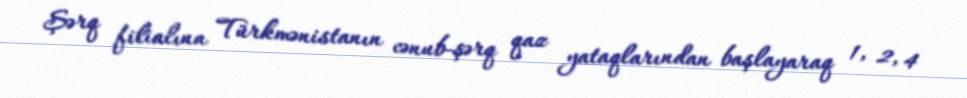
Şərq filialına Türkmənistanın cənub-şərq qaz yataqlarından başlayaraq 1, 2, 4